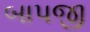
બાપજી